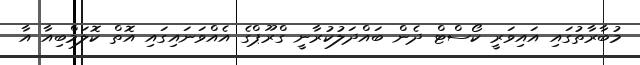
މުބާރާތުގައި އައިވަރީ ކޯސްޓް ދެން ބައްދަލުކުރާނީ ގްރޫޕްގެ އެއްވަނައިގައި އޮތް ކޮލަމްބިއާ އާ